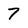
Character: 7